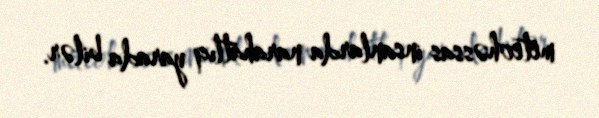
meteohəssas insanlarda narahatlıq yarada bilər.